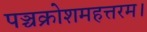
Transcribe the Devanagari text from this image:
पञ्चक्रोशमहत्तरम।